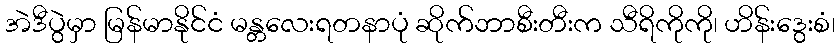
အဲဒီပွဲမှာ မြန်မာနိုင်ငံ မန္တလေးရတနာပုံ ဆိုက်ဘာစီးတီးက သီရိကိုကို၊ ဟိန်းဒွေးစံ၊